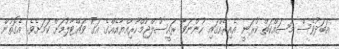
އަބަދުވެސް މަސައްކަތް ކުރަނީ އެއިރެއްގައި ހުންނަވާ ރައީސުލްޖުމްހޫރިއްޔާއެއްގެ އަގު ވައްޓާލުމަށް ކަމަށެވެ. އެގޮތުން